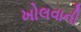
ખોલવાની